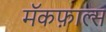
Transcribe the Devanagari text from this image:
मॅकफ़ाल्स